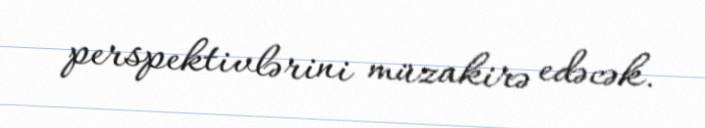
perspektivlərini müzakirə edəcək.